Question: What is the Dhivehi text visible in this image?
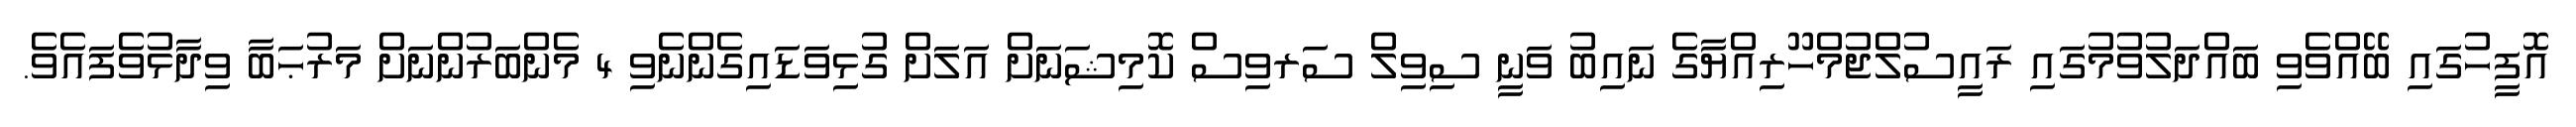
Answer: އޮފީހުގައި ބޭއްވެވި ބައްދަލުވުމުގައި ރައީސުލްޖުމްހޫރިއްޔާގެ ނައިބު ވަނީ ސިވިލް ސަރވިސް ކޮމިޝަނަށް އަލަށް ގުޅިވަޑައިގެންނެވި 4 މެންބަރުންނަށް މަރުޙަބާ ވިދާޅުވެފައެވެ.